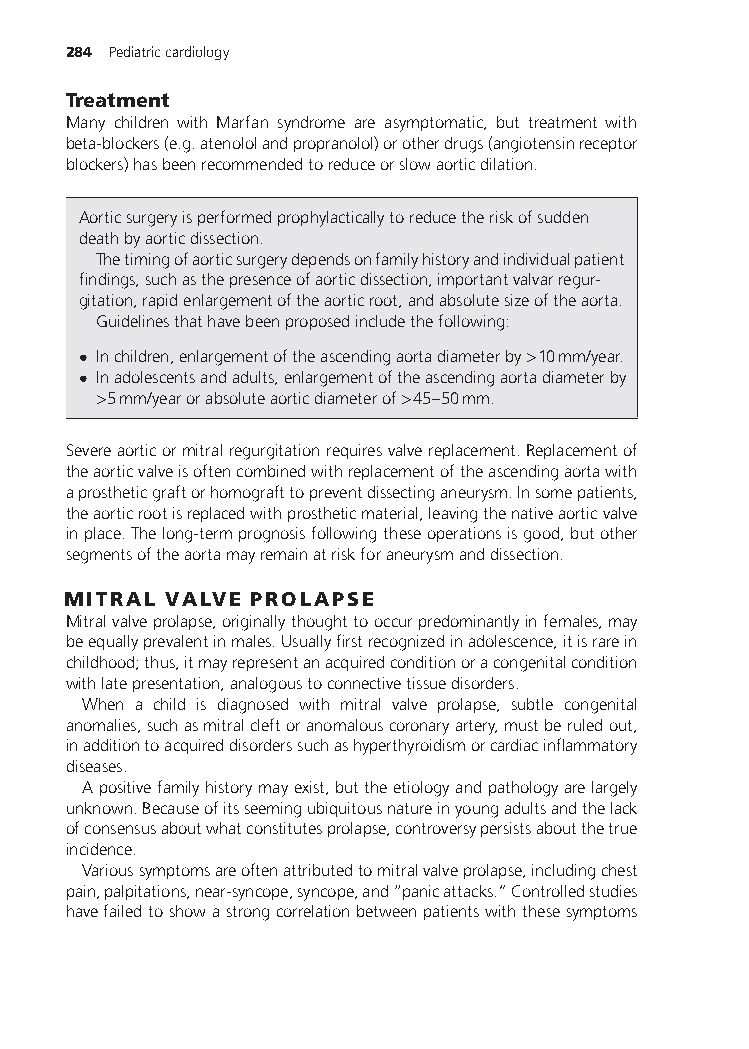
284 Pediatriccardiology
 Treatment
 Many children with Marfan syndrome are asymptomatic, but treatment with
 beta-blockers(e.g.atenololandpropranolol)orotherdrugs(angiotensinreceptor
 blockers)hasbeenrecommendedtoreduceorslowaorticdilation.
 Aorticsurgeryisperformedprophylacticallytoreducetheriskofsudden
 deathbyaorticdissection.
 Thetimingofaorticsurgerydependsonfamilyhistoryandindividualpatient
 findings,suchasthepresenceofaorticdissection,importantvalvarregur-
 gitation,rapidenlargementoftheaorticroot,andabsolutesizeoftheaorta.
 Guidelinesthathavebeenproposedincludethefollowing:
 • Inchildren,enlargementoftheascendingaortadiameterby>10mm/year.
 • Inadolescentsandadults,enlargementoftheascendingaortadiameterby
 >5mm/yearorabsoluteaorticdiameterof>45–50mm.
 Severeaorticormitralregurgitationrequiresvalvereplacement.Replacementof
 theaorticvalveisoftencombinedwithreplacementoftheascendingaortawith
 aprostheticgraftorhomografttopreventdissectinganeurysm.Insomepatients,
 theaorticrootisreplacedwithprostheticmaterial,leavingthenativeaorticvalve
 inplace.Thelong-termprognosisfollowingtheseoperationsisgood,butother
 segmentsoftheaortamayremainatriskforaneurysmanddissection.
 MITRAL VALVE PROLAPSE
 Mitralvalveprolapse,originallythoughttooccurpredominantlyinfemales,may
 beequallyprevalentinmales.Usuallyfirstrecognizedinadolescence,itisrarein
 childhood;thus,itmayrepresentanacquiredconditionoracongenitalcondition
 withlatepresentation,analogoustoconnectivetissuedisorders.
 When a child is diagnosed with mitral valve prolapse, subtle congenital
 anomalies,suchasmitralcleftoranomalouscoronaryartery,mustberuledout,
 inadditiontoacquireddisorderssuchashyperthyroidismorcardiacinflammatory
 diseases.
 Apositivefamilyhistorymayexist,buttheetiologyandpathologyarelargely
 unknown.Becauseofitsseemingubiquitousnatureinyoungadultsandthelack
 ofconsensusaboutwhatconstitutesprolapse,controversypersistsaboutthetrue
 incidence.
 Varioussymptomsareoftenattributedtomitralvalveprolapse,includingchest
 pain,palpitations,near-syncope,syncope,and“panicattacks.”Controlledstudies
 havefailedtoshowastrongcorrelationbetweenpatientswiththesesymptoms